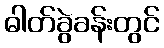
ဓါတ်ခွဲခန်းတွင်